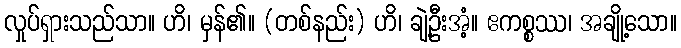
လှုပ်ရှားသည်သာ။ ဟိ၊ မှန်၏။ (တစ်နည်း) ဟိ၊ ချဲ့ဦးအံ့။ ဧကစ္စဿ၊ အချို့သော။